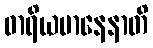
ဓာရိယမာနေနာတိ